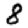
Digit: 8